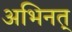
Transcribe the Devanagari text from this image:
अभिनत्